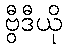
ဗွီဒီယို